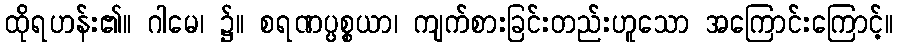
ထိုရဟန်း၏။ ဂါမေ၊ ၌။ စရဏပ္ပစ္စယာ၊ ကျက်စားခြင်းတည်းဟူသော အကြောင်းကြောင့်။